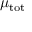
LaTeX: \mu _ { \mathrm { t o t } }